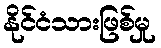
နိုင်ငံသားဖြစ်မှု